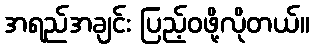
အရည်အချင်း ပြည့်ဝဖို့လိုတယ်။